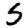
Digit: 5